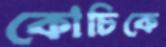
কোচিকে